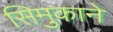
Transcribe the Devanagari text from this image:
सिमुकाने